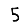
Digit: 5